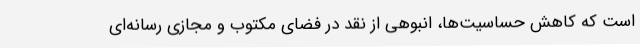
است که کاهش حساسیت‌ها، انبوهی از نقد در فضای مکتوب و مجازی رسانه‌ای